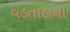
વડતાલનો